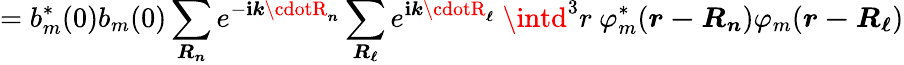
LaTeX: =b_{m}^{*}(0)b_{m}(0)\sum_{\boldsymbol{R_{n}}}e^{-\mathbf{i}{\boldsymbol{k\cdotR_{n}}}}\sum_{\boldsymbol{R_{\ell}}}e^{\mathbf{i}{\boldsymbol{k\cdotR_{\ell}}}}\ \intd^{3}r\ \varphi_{m}^{*}({\boldsymbol{r-R_{n}}})\varphi_{m}({\boldsymbol{r-R_{\ell}}})